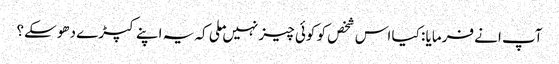
آپ انے فرمایا : کیا اس شخص کو کوئی چیز نہیں ملی کہ یہ اپنے کپڑے دھوسکے؟